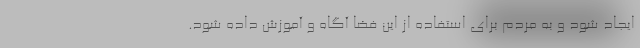
ایجاد شود و به مردم برای استفاده از این فضا آگاه و آموزش داده شود.